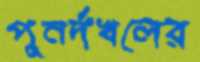
পুনর্দখলের